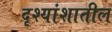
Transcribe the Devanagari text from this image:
दृश्यांशातील